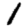
Digit: 1